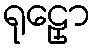
ရုဠှော